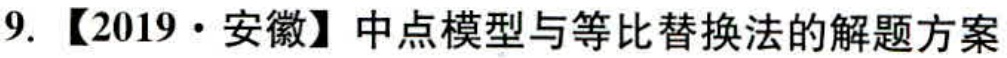
9. 【2019·安徽】中点模型与等比替换法的解题方案